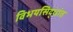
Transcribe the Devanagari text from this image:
विभयसिद्धांत